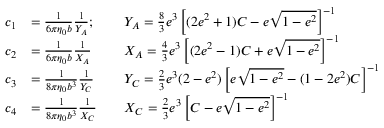
\begin{array} { r l r l } { c _ { 1 } } & { = \frac { 1 } { 6 \pi \eta _ { 0 } b } \frac { 1 } { Y _ { A } } ; } & & { Y _ { A } = \frac { 8 } { 3 } e ^ { 3 } \left[ ( 2 e ^ { 2 } + 1 ) C - e \sqrt { 1 - e ^ { 2 } } \right] ^ { - 1 } } \\ { c _ { 2 } } & { = \frac { 1 } { 6 \pi \eta _ { 0 } b } \frac { 1 } { X _ { A } } } & & { X _ { A } = \frac { 4 } { 3 } e ^ { 3 } \left[ ( 2 e ^ { 2 } - 1 ) C + e \sqrt { 1 - e ^ { 2 } } \right] ^ { - 1 } } \\ { c _ { 3 } } & { = \frac { 1 } { 8 \pi \eta _ { 0 } b ^ { 3 } } \frac { 1 } { Y _ { C } } } & & { Y _ { C } = \frac { 2 } { 3 } e ^ { 3 } ( 2 - e ^ { 2 } ) \left[ e \sqrt { 1 - e ^ { 2 } } - ( 1 - 2 e ^ { 2 } ) C \right] ^ { - 1 } } \\ { c _ { 4 } } & { = \frac { 1 } { 8 \pi \eta _ { 0 } b ^ { 3 } } \frac { 1 } { X _ { C } } } & & { X _ { C } = \frac { 2 } { 3 } e ^ { 3 } \left[ C - e \sqrt { 1 - e ^ { 2 } } \right] ^ { - 1 } } \end{array}